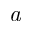
\mathit { a }